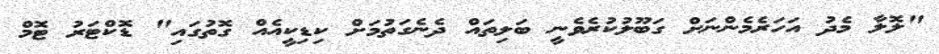
"ލޮލާ މެދު އަހަރެމެންނަށް ގަބޫލުކުރެވެނީ ބަލިތައް ދެނެގަތުމަށް ކިޑިކީއެއް ގޮތުގައި" ޑޮކްޓަރު ޓޮމް